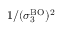
1 / ( \sigma _ { 3 } ^ { \mathrm { B O } } ) ^ { 2 }